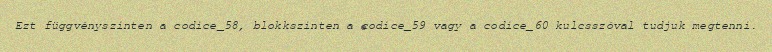
Ezt függvényszinten a codice_58, blokkszinten a codice_59 vagy a codice_60 kulcsszóval tudjuk megtenni.